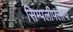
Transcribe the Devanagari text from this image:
सिम्पलीफ्लाय